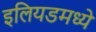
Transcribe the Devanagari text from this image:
इलियडमध्ये